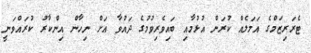
ޓެރަރިޒަމްގެ އަމަލެއް ކުރަން އުޅުމާއި ބައިވެރިވުމުގެ ދައުވާ އަށް ނިހާން އިންކާރު ކުރައްވަނީ